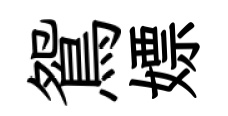
鴛嫖